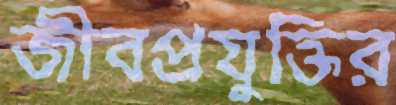
জীবপ্রযুক্তির